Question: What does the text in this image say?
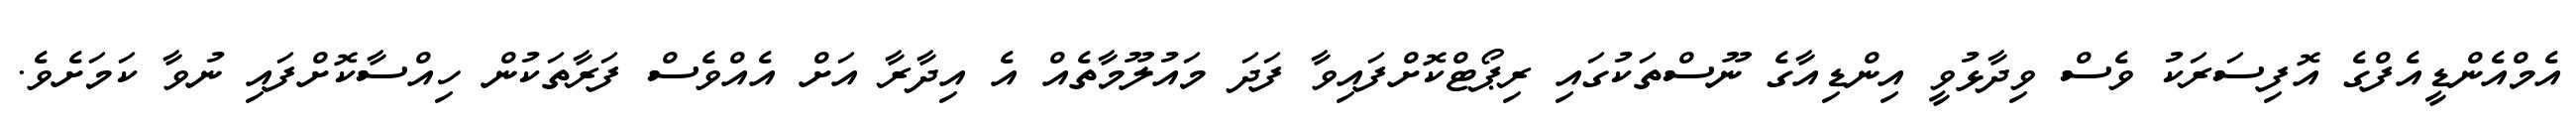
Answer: އެމްއެންޑީއެފްގެ އޮފިސަރަކު ވެސް ވިދާޅުވީ އިންޑިއާގެ ނޫސްތަކުގައި ރިޕޯޓްކޮށްފައިވާ ފަދަ މައުލޫމާތެއް އެ އިދާރާ އަށް އެއްވެސް ފަރާތަކުން ހިއްސާކޮށްފައި ނުވާ ކަމަށެވެ.